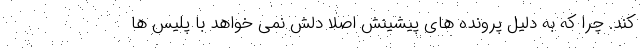
کند. چرا که به دلیل پرونده های پیشینش اصلا دلش نمی خواهد با پلیس ها